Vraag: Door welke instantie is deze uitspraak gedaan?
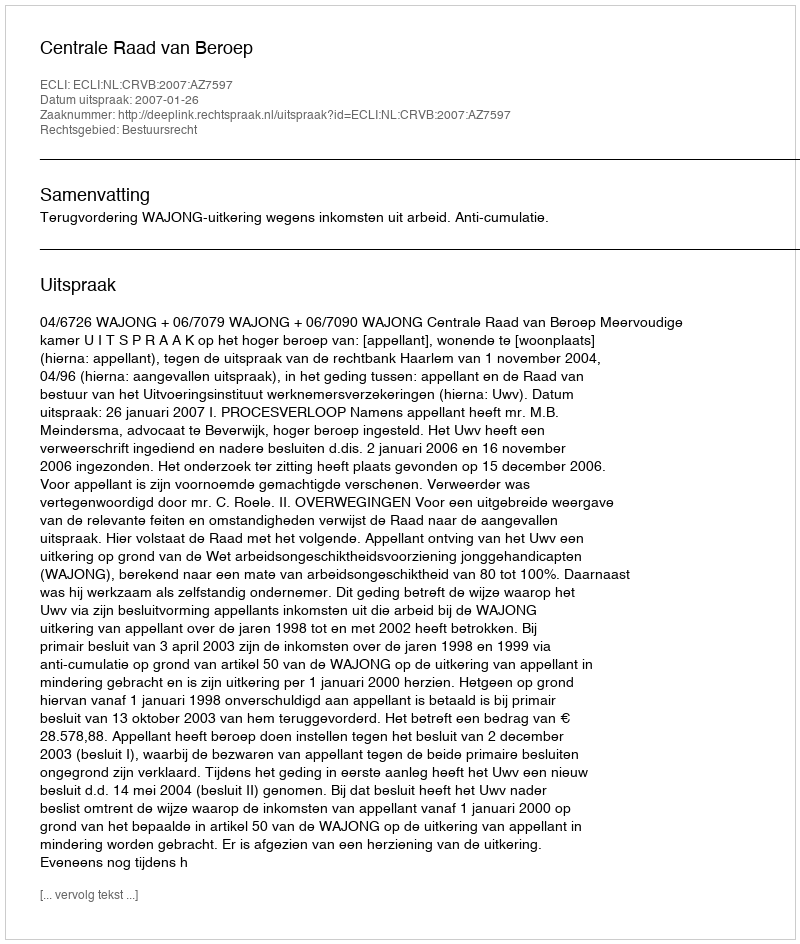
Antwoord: Centrale Raad van Beroep